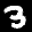
Label: 3